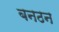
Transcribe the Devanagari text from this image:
बनठन